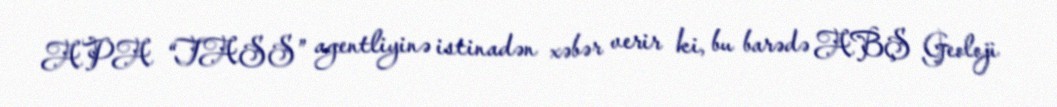
APA “TASS” agentliyinə istinadən xəbər verir ki, bu barədə ABŞ Geoloji